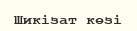
Шикiзат көзi